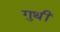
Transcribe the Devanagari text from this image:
गुथीं